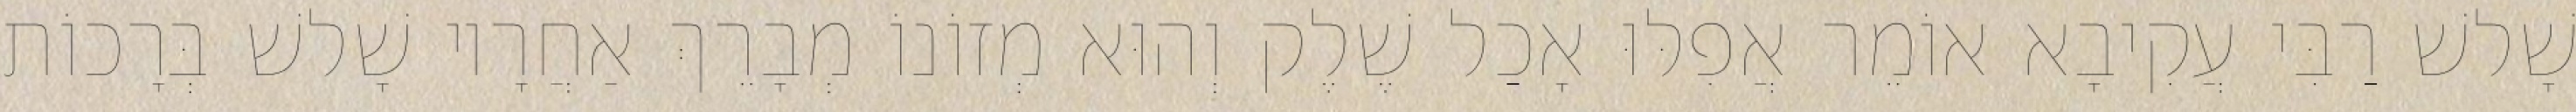
שָׁלשׁ רַבִּי עֲקִיבָא אוֹמֵר אֲפִלּוּ אָכַל שֶׁלֶק וְהוּא מְזוֹנוֹ מְבָרֵךְ אַחֲרָיו שָׁלשׁ בְּרָכוֹת